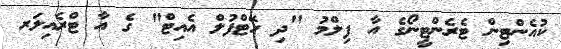
ކުއެންޓިން ޓެރެންޓީނޯގެ އާ ފިލްމު "ދި ހޭޓްފުލް އެއިޓް" ގެ އާ ޓްރެއިލަރ